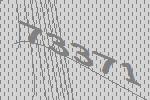
73371